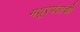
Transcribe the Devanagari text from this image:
मयूरपंतांची